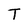
Character: T